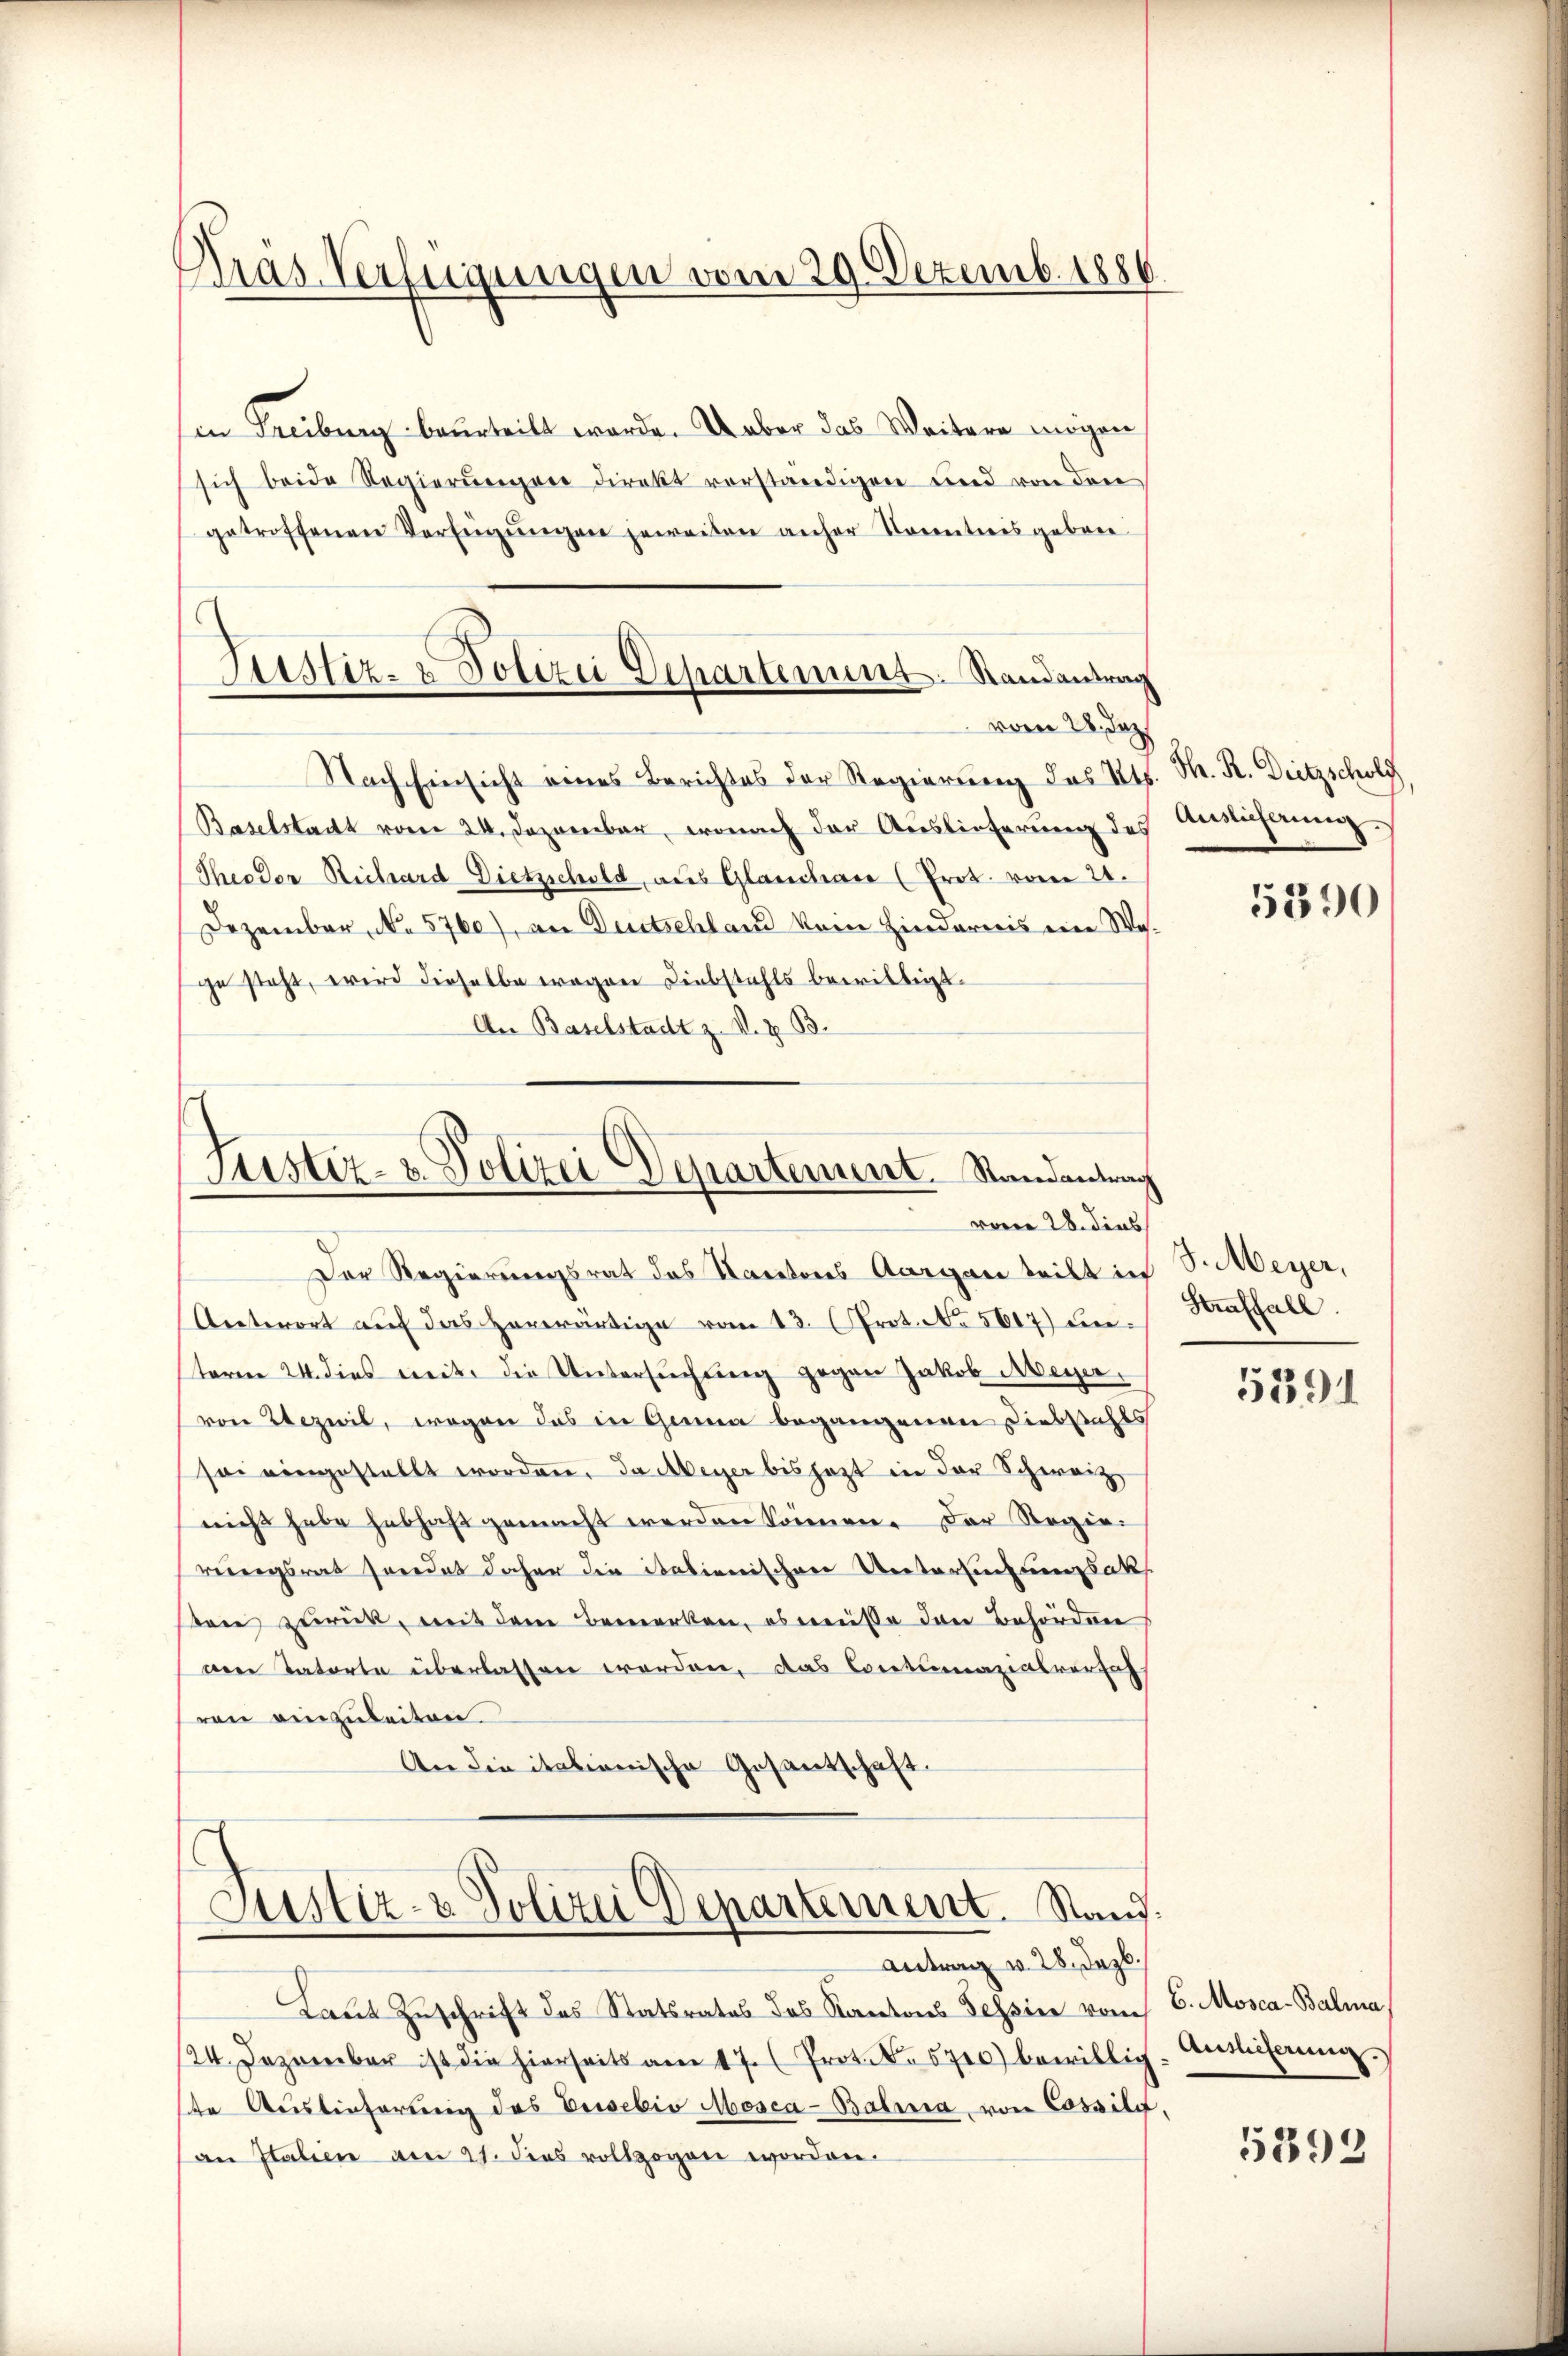
Pras Verfügungen vom 29. Dezemb. 1886

in Freiburg beurteilt werde. Ueber das Weitern mögen
sich beide Regierŭngen direkt vorständigen und von den
getroffenen Verfŭgŭngen jeweiten anher Toretiis gebore
Nach Einsicht eines Berichtes der Regierung des Kts. M. R. Dietzscholz
Baselstadt vom 24. Dezember, wonach der Auslieferŭng des Ansicherung.
Theodor Richard Dietzschuld aus Glanchar (Prot. vom 21.
Dezember, No 5760), an Deutschland kein Hindernis eine Woge steht, wird dieselbe wegen Diebstahls bewilligt.
An Baselstadt z. V. z. B.
Der Regierungsrat des Kantons Aargau teilt in S. Meyer,
Antwort auf das herwärtige vom 13. Prot. No 5617) unsterer 24. dies weite die Untersuchung gegen Jakob Meyer,
von Stezwil, wogen das in Genua begangenen Diebstahls
sei eingestellt worden. Da Abeyer bis jezt in der Schweiz
nicht habe hebhaft gemacht werden können. Der Regieriegsrat friedet daher die italienischen Unterlegungsak
tone zurück, mit dem Bemerken, es müsse den Behörden
Den Tatorte überlassen worden, das Contumazialversah
ren einzuleiten.
An die italienische Gesantschaft.
Justiz- & Polizei Departement. Stand:
Antrag v. 28. Dazb.
Laut Zuschrift des Statsrates des Kantons Tessin vom 6. Mosca-Balma
24. Dezember ist die hierseits am 17. Prot. Nr. 5700) bewillig. Antlicherŭng.
ste Auslieferung des Prisebio Mosca-Balmia, von Cossili.
an Italien am 21. dies vollzogen worden.

Justiz- & Polizei Departement. Randantrag
vom 28. Dez.

Justiz- & Polizei Departement. Randantrag
vorn 28. dies

5390

Straffall.

5391

5393